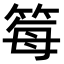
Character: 𫂂